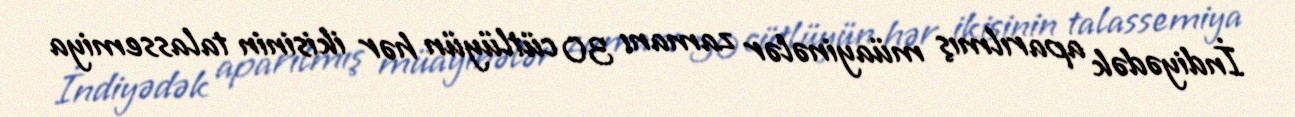
İndiyədək aparılmış müayinələr zamanı 30 cütlüyün hər ikisinin talassemiya